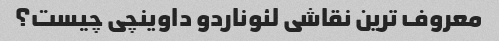
معروف ترین نقاشی لئوناردو داوینچی چیست؟